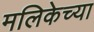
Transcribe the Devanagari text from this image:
मलिकेच्या